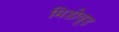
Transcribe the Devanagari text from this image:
मिडोवूड